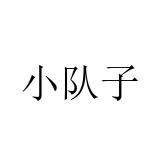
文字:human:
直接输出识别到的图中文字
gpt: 小队子